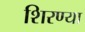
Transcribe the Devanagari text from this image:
शिरण्या